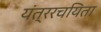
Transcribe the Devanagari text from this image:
यंत्ररचयिता